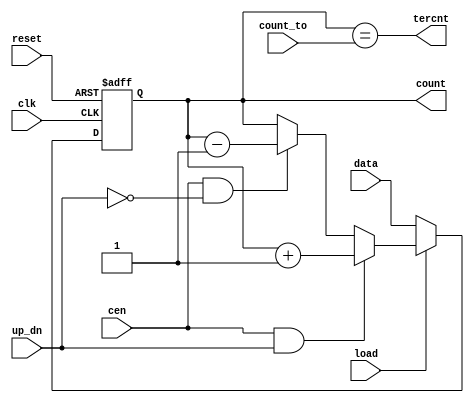
module DW03_bictr_dcnto(
    clk     , 
    reset   ,
    load    , 
    cen     ,
    up_dn   , 
    data    ,
    count_to, 
    tercnt  ,
    count      
);
    parameter  WIDTH =           'd4    ;  // numar de biti ai numaratorului
    input                       clk     ;  // semnal de ceas
    input                       reset   ;  // semnal de reset asincron
    input                       load    ;  // comanda presetare
    input                       cen     ;  // comanda de numarare
    input                       up_dn   ;  // crescator/descrescator
    input      [WIDTH-1 : 0]    data    ;  // data presetare
    input      [WIDTH-1 : 0]    count_to;  // valoare pana la care numaram
    output                      tercnt  ;  // terminare numarare
    output reg [WIDTH-1 : 0]    count   ;  // iesire numarator
    
    always @(posedge(clk) or negedge(reset)) begin
        if(~reset )  count <=  1'b0; else             // resetare asincrona
        if(~load)    count <= data;  else begin       // presetare
        if(cen &  up_dn ) count <= count + 1'b1; else // numarare crescatoare
        if(cen & ~up_dn ) count <= count - 1'b1;      // numarare descrescatoare
        end 
    end  
	assign tercnt = (count==count_to);            // indicator terminare numarare
																			      
endmodule